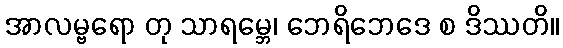
အာလမ္ဗရော တု သာရမ္ဘေ၊ ဘေရိဘေဒေ စ ဒိဿတိ။